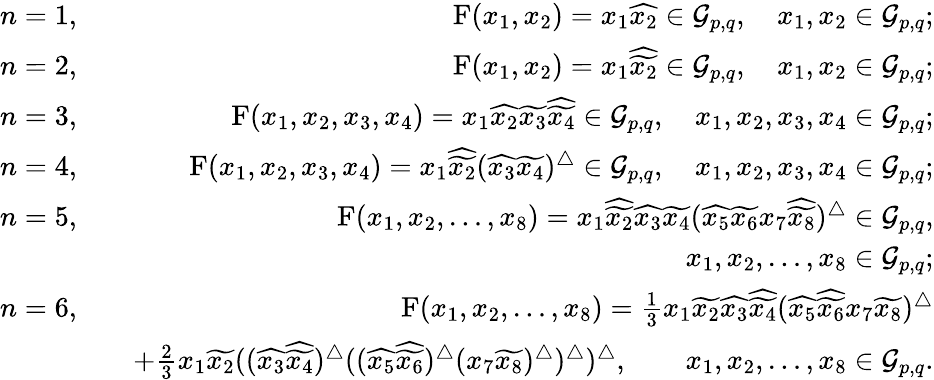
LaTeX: \begin{array}{rlr}{n=1,}&{}&{\mathrm{F}(x_{1},x_{2})=x_{1}\widehat{x_{2}}\in\mathcal{G}_{p,q},\quad x_{1},x_{2}\in\mathcal{G}_{p,q};}\\ {n=2,}&{}&{\mathrm{F}(x_{1},x_{2})=x_{1}\widehat{\widetilde{x_{2}}}\in\mathcal{G}_{p,q},\quad x_{1},x_{2}\in\mathcal{G}_{p,q};}\\ {n=3,}&{}&{\mathrm{F}(x_{1},x_{2},x_{3},x_{4})=x_{1}\widehat{x_{2}}\widetilde{x_{3}}\widehat{\widetilde{x_{4}}}\in\mathcal{G}_{p,q},\quad x_{1},x_{2},x_{3},x_{4}\in\mathcal{G}_{p,q};}\\ {n=4,}&{}&{\mathrm{F}(x_{1},x_{2},x_{3},x_{4})=x_{1}\widehat{\widetilde{x_{2}}}(\widehat{x_{3}}\widetilde{x_{4}})^{\bigtriangleup}\in\mathcal{G}_{p,q},\quad x_{1},x_{2},x_{3},x_{4}\in\mathcal{G}_{p,q};}\\ {n=5,}&{}&{\mathrm{F}(x_{1},x_{2},\ldots,x_{8})=x_{1}\widehat{\widetilde{x_{2}}}\widehat{x_{3}}\widetilde{x_{4}}(\widehat{x_{5}}\widetilde{x_{6}}x_{7}\widehat{\widetilde{x_{8}}})^{\bigtriangleup}\in\mathcal{G}_{p,q},}\\ &{}&{x_{1},x_{2},\ldots,x_{8}\in\mathcal{G}_{p,q};}\\ {n=6,}&{}&{\mathrm{F}(x_{1},x_{2},\ldots,x_{8})=\frac{1}{3}x_{1}\widetilde{x_{2}}\widehat{x_{3}}\widehat{\widetilde{x_{4}}}(\widehat{x_{5}}\widehat{\widetilde{x_{6}}}x_{7}\widetilde{x_{8}})^{\bigtriangleup}}\\ &{}&{+\frac{2}{3}x_{1}\widetilde{x_{2}}((\widehat{x_{3}}\widehat{\widetilde{x_{4}}})^{\bigtriangleup}((\widehat{x_{5}}\widehat{\widetilde{x_{6}}})^{\bigtriangleup}(x_{7}\widetilde{x_{8}})^{\bigtriangleup})^{\bigtriangleup})^{\bigtriangleup},\qquad x_{1},x_{2},\ldots,x_{8}\in\mathcal{G}_{p,q}.}\end{array}